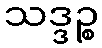
သဒ္ဒဉ္စ